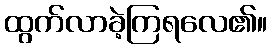
ထွက်လာခဲ့ကြရလေ၏။